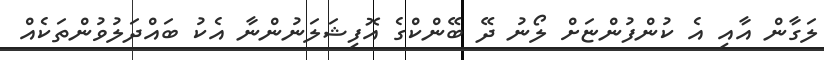
ލަގާން އާއި އެ ކުންފުންޏަށް ލޯނު ދޭ ބޭންކްގެ އޮފިޝަލަނުންނާ އެކު ބައްދަލުވުންތަކެއް